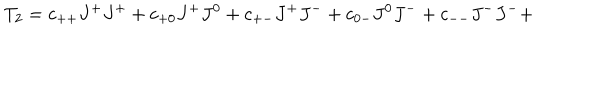
T _ { 2 } = c _ { + + } J ^ { + } J ^ { + } + c _ { + 0 } J ^ { + } J ^ { 0 } + c _ { + - } J ^ { + } J ^ { - } + c _ { 0 - } J ^ { 0 } J ^ { - } + c _ { -- } J ^ { - } J ^ { - } +